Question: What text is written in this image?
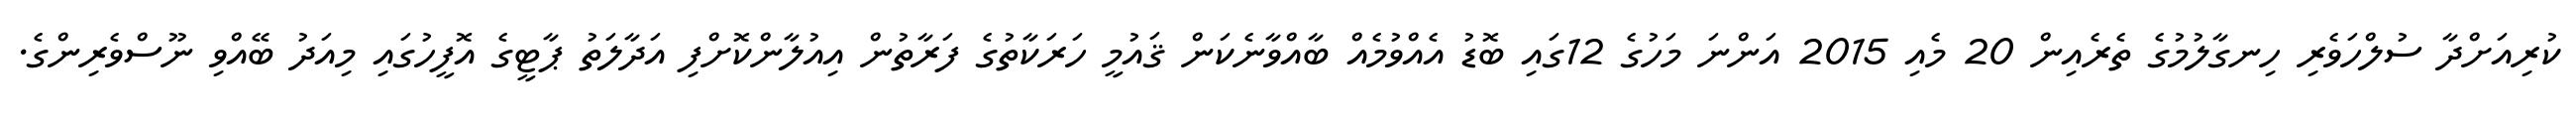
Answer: ކުރިއަށްދާ ސުލްހަވެރި ހިނގާލުމުގެ ތެރެއިން 20 މެއި 2015 އަންނަ މަހުގެ 12ގައި ބޮޑު އެއްވުމެއް ބާއްވާނެކަން ޤައުމީ ހަރަކާތުގެ ފަރާތުން އިއުލާންކޮށްފި އަދާލަތު ޕާޓީގެ އޮފީހުގައި މިއަދު ބޭއްވި ނޫސްވެރިންގެ.